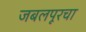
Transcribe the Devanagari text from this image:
जबलपूरचा